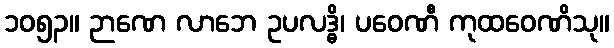
၁၀၅၃။ ဉာဏေ လာဘေ ဥပလဒ္ဓိ၊ ပဝေဏီ ကုထဝေဏိသု။